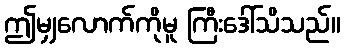
ဤမျှလောက်ကိုမူ ကြီးဒေါ်သိသည်။